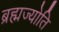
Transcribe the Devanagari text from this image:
ब्रह्मज्योति